Report of cholera committee
Disease focus: Cholera
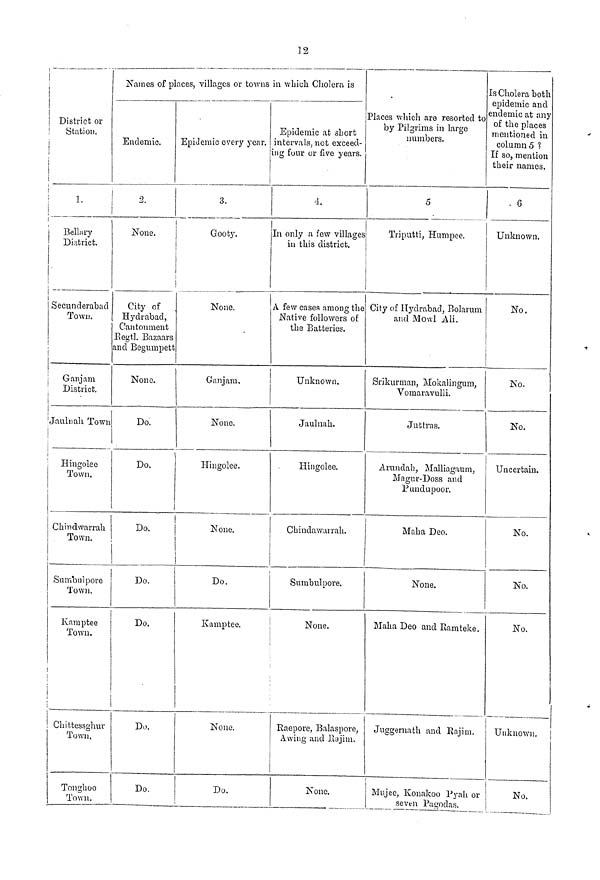
]2
District or
Station.
1
Bellary
District.
Secunderabad
Town.
Ganjam
District.
Jaulnah Town
Hingolee
Town.
Chindwarrah
|
Town.
Sumbulpore
Town.
|
Kamptee
Town.
Chittessghur
Town,
Tonghoo
Town.
Names of places, villages or towns
Endemic.
2.
None.
City of
Hydrabad,
Cantonment
Regtl. Bazaars
and Begumpett
None.
Do.
Do.
Do.
Do.
Do.
Do.
Do.
Epidemic every year.
3.
Gooty.
None.
Ganjam.
None.
Hingolee.
None.
Do.
Kamptee.
None.
Do.
n which Cholera is
Epidemic at short
intervals, not exceed-
ing four or five years.
4.
In only a few villages
in this district.
A few cases among the
Native followers of
the Batteries.
Unknown.
Jaulnah.
Hingolee.
Cbindawarrah.
Sumbulpore.
None.
!
Raepore, Balaspore,
Awing and Rajin.
None.
Places which are resorted to
by Pilgrims in large
numbers.
5
Triputti, Humpee.
City of Hydrabad, Bolarum
and Mowl Ali.
Srikurman, Mokalingum,
Vomaravulli.
Juttras.
Arundah, Malliagaum,
Magur-Doss and
Pundupoor.
Maha Deo.
None.
Maha Deo and Ramteke.
Juggernath and Rajim.
Mujeo, Konakoo Pyah or
seven Pagodas.
Is Cholera both
epidemic and
endemic at any
of the places
mentioned in
column 5
If so, mention
their names.
G
Unknown.
No.
No.
No.
Uncertain.
No.
No.
No.
Unknown.
No.